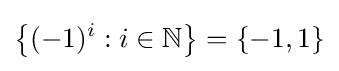
\left\{(-1)^{i}:i\in \mathbb {N} \right\}=\{-1,1\}